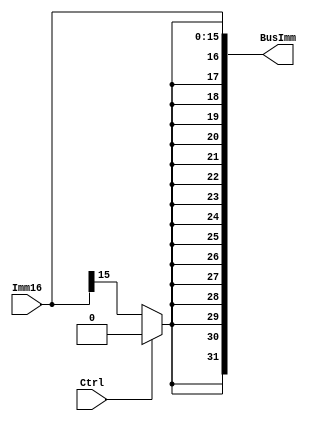
module SignExtender(BusImm, Imm16, Ctrl);
output [31:0] BusImm;
input [15:0] Imm16;
input Ctrl;


wire extBit = (Ctrl ? 1'b0 : Imm16[15]);
assign BusImm = {{16{extBit}}, Imm16};

endmodule